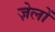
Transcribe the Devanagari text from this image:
ज़ेलों